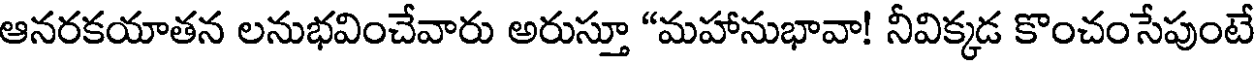
ఆనరకయాతన లనుభవించేవారు అరుస్తూ "మహానుభావా! నీవిక్కడ కొంచంసేపుంటే